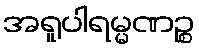
အရူပါရမ္မဏဉ္စ